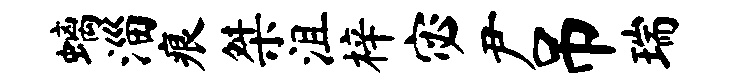
螭淄痕桀沮梓宓尹吊瑞